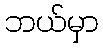
ဘယ်မှာ